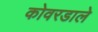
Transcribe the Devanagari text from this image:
कोवरडाले